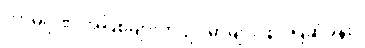
ကာမဂုဏ် အပြစ်များကို ဥပမာများဖြင့် ပြဆိုခန်း။